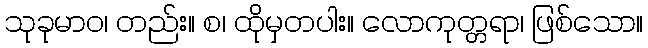
သုခုမာဝ၊ တည်း။ စ၊ ထိုမှတပါး။ လောကုတ္တရာ၊ ဖြစ်သော။